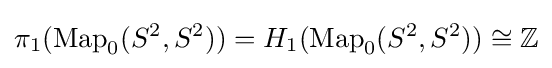
\pi _{1}(\operatorname {Map} _{0}(S^{2},S^{2}))=H_{1}(\operatorname {Map} _{0}(S^{2},S^{2}))\cong \mathbb {Z}